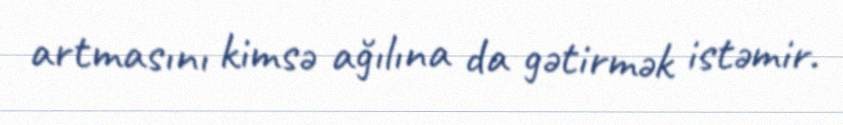
artmasını kimsə ağılına da gətirmək istəmir.